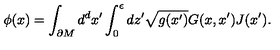
\phi ( x ) = \int _ { \partial M } d ^ { d } x ^ { \prime } \int _ { 0 } ^ { \epsilon } d z ^ { \prime } \sqrt { g ( x ^ { \prime } ) } G ( x , x ^ { \prime } ) J ( x ^ { \prime } ) .